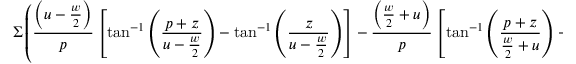
\Sigma \left( \frac { \left( u - \frac { w } { 2 } \right) } { p } \left[ \tan ^ { - 1 } \left( \frac { p + z } { u - \frac { w } { 2 } } \right) - \tan ^ { - 1 } \left( \frac { z } { u - \frac { w } { 2 } } \right) \right] - \frac { \left( \frac { w } { 2 } + u \right) } { p } \left[ \tan ^ { - 1 } \left( \frac { p + z } { \frac { w } { 2 } + u } \right) - \tan ^ { - 1 } \left( \frac { z } { \frac { w } { 2 } + u } \right) \right] \right)